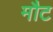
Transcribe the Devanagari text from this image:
मौट